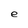
Character: e